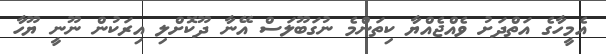
އެމީހާގެ އަތްދަށު ވެއްޖެއްޔާ ކިތަންމެ ނުގަބޫލަސް އޭނާ ދޫކޮށްލި އިރަކުން ނޫނީ ޔޫހާ